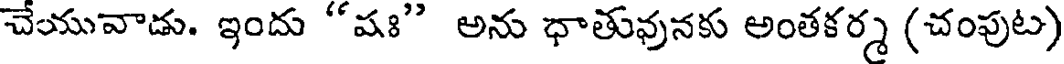
చేయువాడు. ఇందు "షః" అను ధాతువునకు అంతకర్మ (చంపుట)